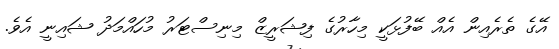
އޭގެ ތެރެއިން އެއް ބޭފުޅަކީ މިހާރުގެ ފިޝަރީޒް މިނިސްޓަރު މުހައްމަދު ޝައިނީ އެވެ.